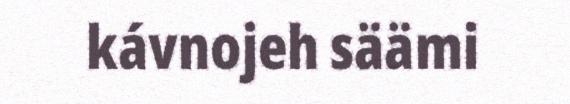
kávnojeh säämi